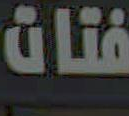
فئات